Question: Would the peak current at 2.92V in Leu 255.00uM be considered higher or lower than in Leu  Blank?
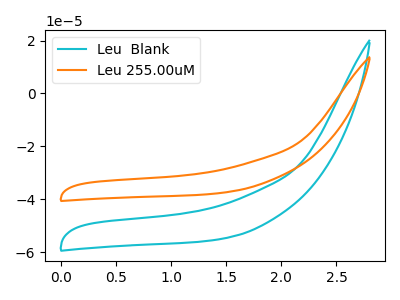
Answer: <think>The cyan curve "Leu  Blank" has no peaks. The orange curve "Leu 255.00uM" has no peaks.</think>
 <answer>"Leu 255.00uM" and "Leu  Blank" dont share a peak at 2.92V.</answer>
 <eval>mismatch</eval>